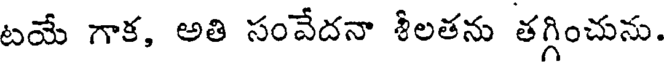
టయే గాక, అతి సంవేదనా శీలతను తగ్గించును.